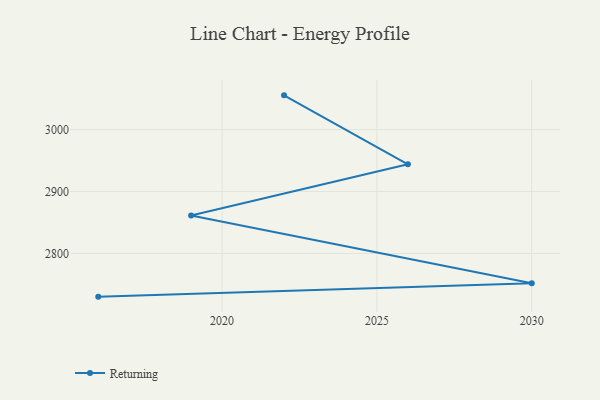
{"axis": {"x": "Year", "y": "Market Share (%)"}, "legend": ["Returning"], "data": [{"x": "2022", "y": 3055.2, "type": "Returning"}, {"x": "2026", "y": 2943.9, "type": "Returning"}, {"x": "2019", "y": 2861.3, "type": "Returning"}, {"x": "2030", "y": 2752.0, "type": "Returning"}, {"x": "2016", "y": 2730.4, "type": "Returning"}]}